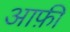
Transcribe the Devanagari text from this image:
आफ़ी